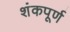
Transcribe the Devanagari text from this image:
शंकपूर्ण